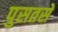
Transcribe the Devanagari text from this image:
पुसतसे